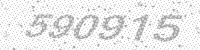
Solution: 590915